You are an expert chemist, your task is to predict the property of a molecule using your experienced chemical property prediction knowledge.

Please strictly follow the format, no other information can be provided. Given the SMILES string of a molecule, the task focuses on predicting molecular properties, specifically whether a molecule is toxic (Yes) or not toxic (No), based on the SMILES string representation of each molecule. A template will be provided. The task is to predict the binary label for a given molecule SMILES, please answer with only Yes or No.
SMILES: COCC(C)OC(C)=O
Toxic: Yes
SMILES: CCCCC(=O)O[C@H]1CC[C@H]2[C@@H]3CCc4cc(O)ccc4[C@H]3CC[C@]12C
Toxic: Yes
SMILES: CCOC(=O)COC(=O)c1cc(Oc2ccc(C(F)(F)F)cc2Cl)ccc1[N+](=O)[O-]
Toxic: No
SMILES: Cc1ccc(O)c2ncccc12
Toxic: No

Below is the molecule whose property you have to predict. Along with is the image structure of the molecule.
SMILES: N#CCc1ccc(Cl)cc1Cl
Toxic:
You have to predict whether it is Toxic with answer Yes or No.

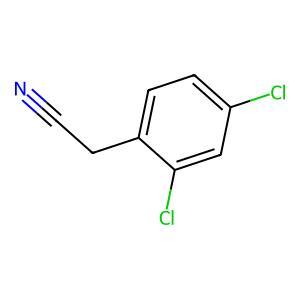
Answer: No